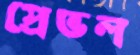
প্রেভল